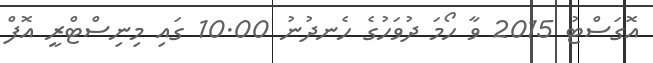
އޮގަސްޓު 2015 ވާ ހޯމަ ދުވަހުގެ ހެނދުނު 10.00 ގައި މިނިސްޓްރީ އޮފް